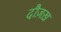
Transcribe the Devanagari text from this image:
दौज़ख़